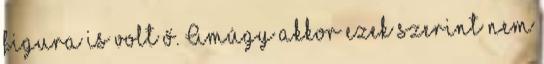
figura is volt ő. Amúgy akkor ezek szerint nem